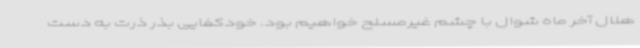
هلال آخر ماه شوال با چشم غیرمسلح خواهیم بود. خودکفایی بذر ذرت به دست